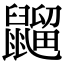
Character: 䶉